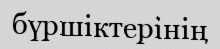
бүршіктерінің